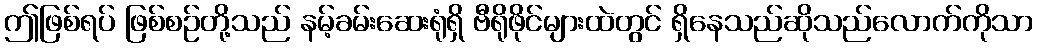
ဤဖြစ်ရပ် ဖြစ်စဉ်တို့သည် နမ့်ခမ်းဆေးရုံရှိ ဗီရိုဖိုင်များထဲတွင် ရှိနေသည်ဆိုသည်လောက်ကိုသာ